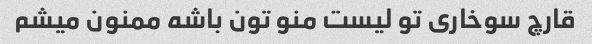
قارچ سوخاری تو لیست منو تون باشه ممنون میشم